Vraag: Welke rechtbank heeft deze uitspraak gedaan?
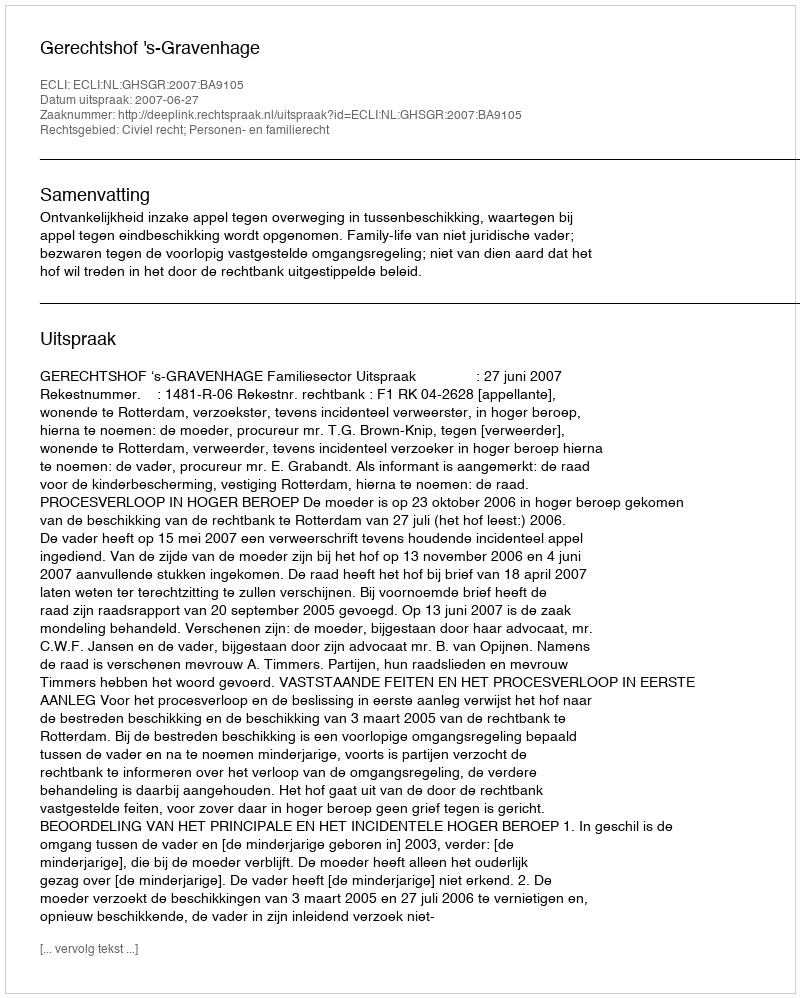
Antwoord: Gerechtshof 's-Gravenhage